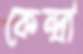
কেন্দ্রা